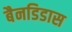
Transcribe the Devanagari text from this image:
बैनडिडास